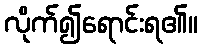
လိုက်၍ရောင်းရ၏။